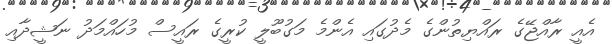
އެއީ ރާއްޖޭގެ ރައްޔިތުންގެ މެދުގައި އެންމެ މަގުބޫލީ ކުރީގެ ރައީސް މުހައްމަދު ނަޝީދާއި